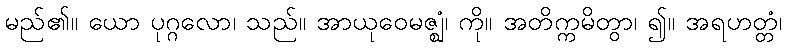
မည်၏။ ယော ပုဂ္ဂလော၊ သည်။ အာယုဝေမဇ္ဈံ၊ ကို။ အတိက္ကမိတွာ၊ ၍။ အရဟတ္တံ၊